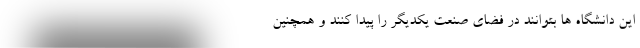
این دانشگاه ها بتوانند در فضای صنعت یکدیگر را پیدا کنند و همچنین